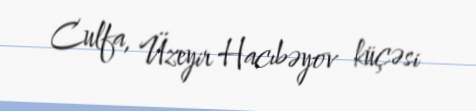
Culfa, Üzeyir Hacıbəyov küçəsi